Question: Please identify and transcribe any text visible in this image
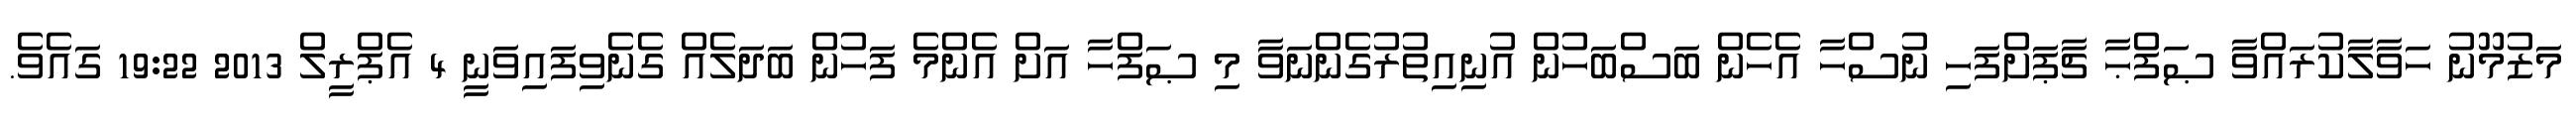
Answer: މަޒުމޫނު ހަވާލާކުރައްވާ ޞަފްޙާ ޗާޕަށްފަހި ނުސްހާ އެހެން ބަސްބަހުން އުނިއިތުރުގެންނަވާ މި ޞަފްހާ އަށް އެންމެ ފަހުން ބަދަލެއް ގެނެވިފައިވަނީ 4 އެޕްރީލް 2013 19:22 ގައެވެ.